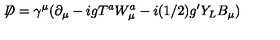
\not { \! \! D } = \gamma ^ { \mu } ( \partial _ { \mu } - i g T ^ { a } W _ { \mu } ^ { a } - i ( 1 / 2 ) g ^ { \prime } Y _ { L } B _ { \mu } )